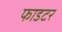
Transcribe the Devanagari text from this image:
फाडटर